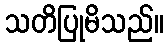
သတိပြုမိသည်။